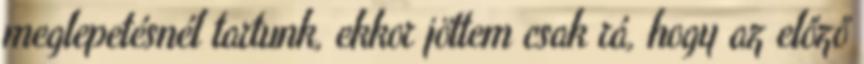
meglepetésnél tartunk, ekkor jöttem csak rá, hogy az előző